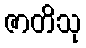
ဇာတိသု